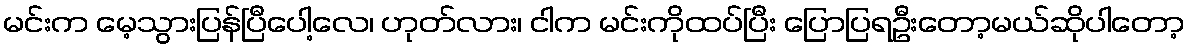
မင်းက မေ့သွားပြန်ပြီပေါ့လေ၊ ဟုတ်လား၊ ငါက မင်းကိုထပ်ပြီး ပြောပြရဦးတော့မယ်ဆိုပါတော့